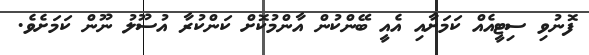
ފޮނުވި ސިޓީއެއް ކަމަށާއި އެއީ ބޭންކުން އާންމުކޮށް ކަންކުރާ އުސޫލު ނޫން ކަމަށެވެ.